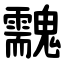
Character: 䰰